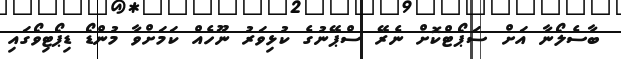
ބާސެލޯނާ އަށް ސަޕޯޓްކޮށް ނެރޭ ސްޕޭނުގެ ކުޅިވަރު ނޫހެއް ކަމަށްވާ މުންޑޯ ޑިޕޯޓިވޯގައި